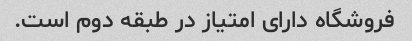
فروشگاه دارای امتیاز در طبقه دوم است.